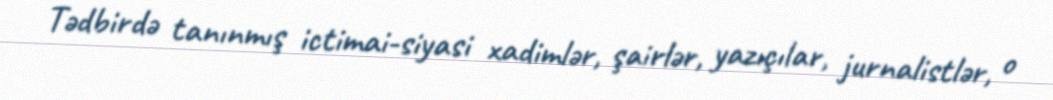
Tədbirdə tanınmış ictimai-siyasi xadimlər, şairlər, yazıçılar, jurnalistlər, o